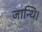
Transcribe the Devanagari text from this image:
जान्थि।